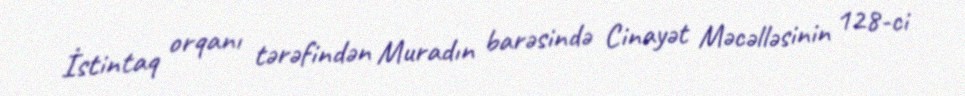
İstintaq orqanı tərəfindən Muradın barəsində Cinayət Məcəlləsinin 128-ci